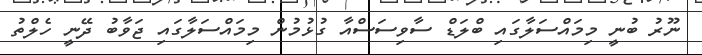
ނޫރު ބުނީ މިމައްސަލާގައި ބްލަޑް ސާވިސަސްއާ ގުޅުމުން މިމައްސަލާގައި ޖަވާބު ދޭނީ ހެލްތު